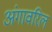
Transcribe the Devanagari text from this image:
अंगावरिल